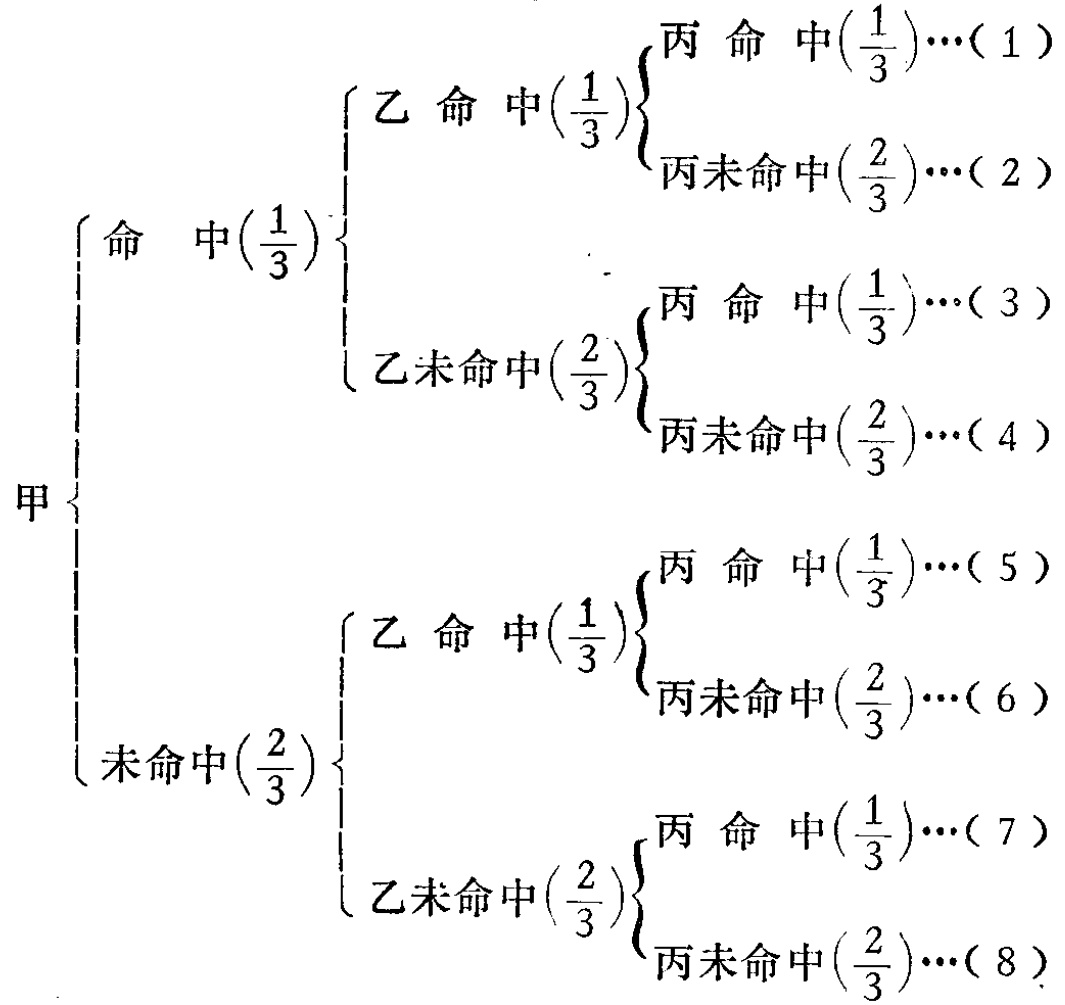
```latex

甲\begin{cases}

命中(\frac{1}{3})\begin{cases}

乙命中(\frac{1}{3})\begin{cases}

丙命中(\frac{1}{3})\cdots(1)\\

丙未命中(\frac{2}{3})\cdots(2)

\end{cases}\\

乙未命中(\frac{2}{3})\begin{cases}

丙命中(\frac{1}{3})\cdots(3)\\

丙未命中(\frac{2}{3})\cdots(4)

\end{cases}

\end{cases}\\

未命中(\frac{2}{3})\begin{cases}

乙命中(\frac{1}{3})\begin{cases}

丙命中(\frac{1}{3})\cdots(5)\\

丙未命中(\frac{2}{3})\cdots(6)

\end{cases}\\

乙未命中(\frac{2}{3})\begin{cases}

丙命中(\frac{1}{3})\cdots(7)\\

丙未命中(\frac{2}{3})\cdots(8)

\end{cases}

\end{cases}

\end{cases}

```